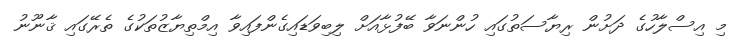
މި އިސްލާހުގެ ދަށުން ރިޔާސަތުގައި ހުންނަވާ ބޭފުޅާއަށް ލިބިވަޑައިގެންފައިވާ އިމްތިޔާޒުތަކުގެ ތެރޭގައި ޤާނޫނު